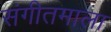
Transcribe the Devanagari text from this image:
संगीतमाला